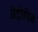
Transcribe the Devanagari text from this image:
अॅट्रोपिन